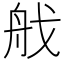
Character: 𦨜